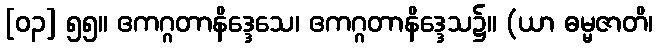
[၀၃] ၅၅။ ဧကဂ္ဂတာနိဒ္ဒေသေ၊ ဧကဂ္ဂတာနိဒ္ဒေသ၌။ (ယာ ဓမ္မဇာတိ၊